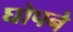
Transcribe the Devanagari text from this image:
घोपने